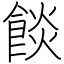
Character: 餤